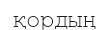
қордың